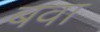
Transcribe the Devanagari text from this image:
बवा